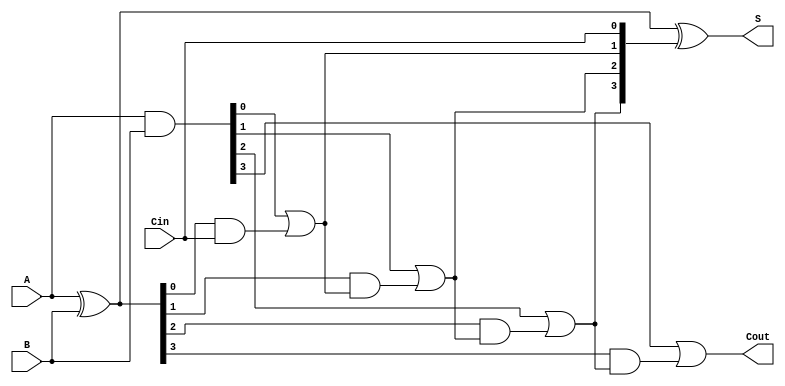
module sklansky_adder (
    input  [3:0] A,      // 4-bit input A
    input  [3:0] B,      // 4-bit input B
    input        Cin,     // Carry-in
    output [3:0] S,      // 4-bit sum output
    output       Cout     // Carry-out
);

    wire [3:0] G;   // Generate signals
    wire [3:0] P;   // Propagate signals
    wire [4:0] C;   // Carry signals (C[0] = Cin)

    // Generate and Propagate signals
    assign G = A & B;        // G[i] = A[i] & B[i]
    assign P = A ^ B;        // P[i] = A[i] ^ B[i]

    // Carry calculation
    assign C[0] = Cin;                     // C[0] = Cin
    assign C[1] = G[0] | (P[0] & C[0]);    // C[1] = G[0] | (P[0] & Cin)
    assign C[2] = G[1] | (P[1] & C[1]);    // C[2] = G[1] | (P[1] & C[1])
    assign C[3] = G[2] | (P[2] & C[2]);    // C[3] = G[2] | (P[2] & C[2])
    assign C[4] = G[3] | (P[3] & C[3]);    // C[4] = G[3] | (P[3] & C[3])

    // Sum calculation
    assign S = P ^ C[3:0];   // S[i] = P[i] ^ C[i]

    // Final carry-out
    assign Cout = C[4];      // Cout = C[n]

endmodule